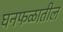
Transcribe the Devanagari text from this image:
घनफळातील